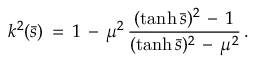
k ^ { 2 } ( \bar { s } ) \, = \, 1 \, - \, \mu ^ { 2 } \, \frac { ( \operatorname { t a n h } \bar { s } ) ^ { 2 } \, - \, 1 } { ( \operatorname { t a n h } \bar { s } ) ^ { 2 } \, - \, \mu ^ { 2 } } \, { . }